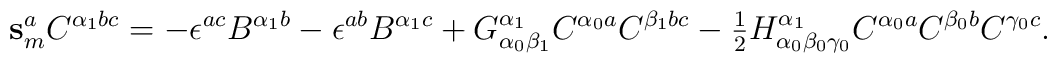
\mathbf{s}_m^a C^{\alpha_1 bc} =- \epsilon^{ac} B^{\alpha_1 b} - \epsilon^{ab} B^{\alpha_1 c} + G^{\alpha_1}_{\alpha_0 \beta_1} C^{\alpha_0 a} C^{\beta_1 bc} -\hbox{$\frac{1}{2}$} H^{\alpha_1}_{\alpha_0 \beta_0 \gamma_0}C^{\alpha_0 a} C^{\beta_0 b} C^{\gamma_0 c}.